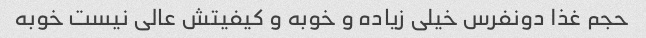
حجم غذا دونفرس خیلی زیاده و خوبه و کیفیتش عالی نیست خوبه